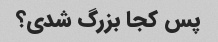
پس کجا بزرگ شدی؟